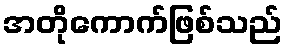
အတိုကောက်ဖြစ်သည်